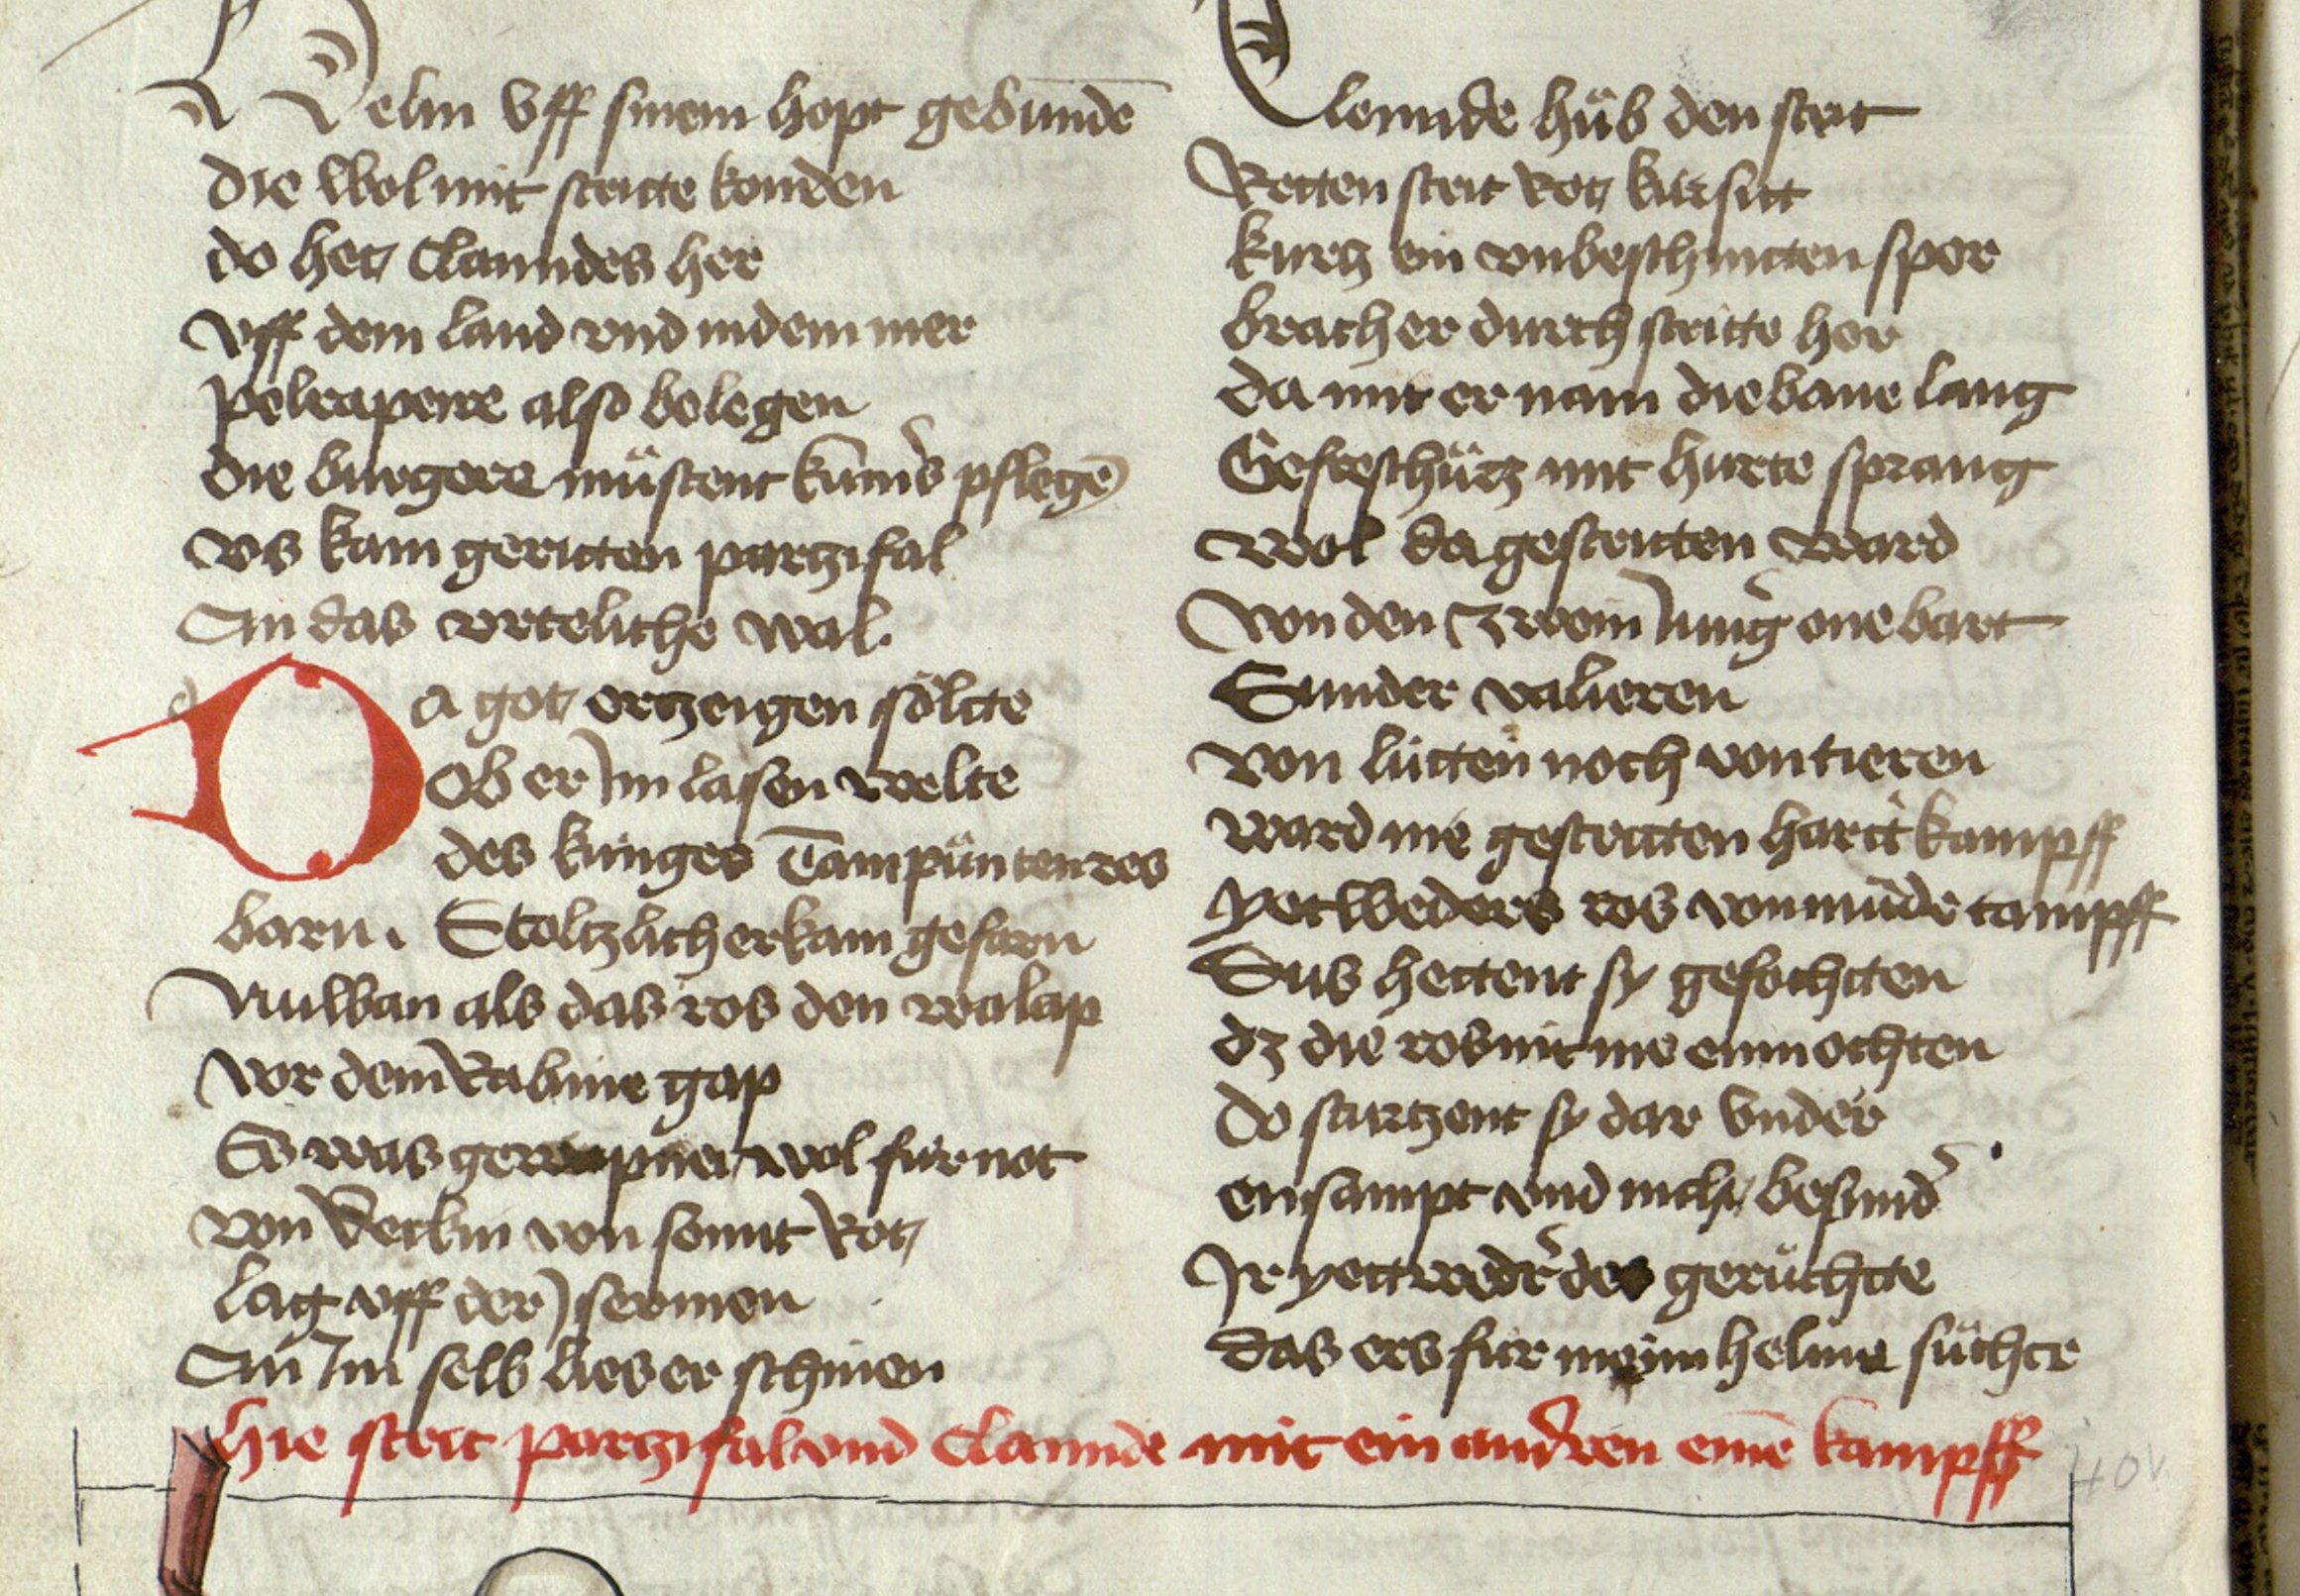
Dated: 1467–1467